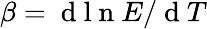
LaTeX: \beta=\mathrm{~d~l~n~}E/\mathrm{~d~}T